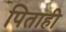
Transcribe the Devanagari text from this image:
पिताही